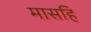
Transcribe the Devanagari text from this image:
मासहि